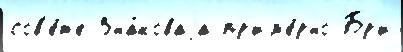
сов'е́т'е Зна́коваjа пр'им'е́рно Бр'и